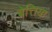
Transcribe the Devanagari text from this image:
बेत्तिया